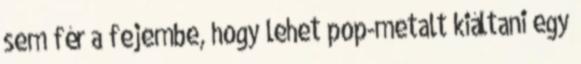
sem fér a fejembe, hogy lehet pop-metalt kiáltani egy